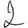
Digit: 2